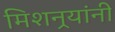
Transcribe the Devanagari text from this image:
मिशनर्‍यांनी